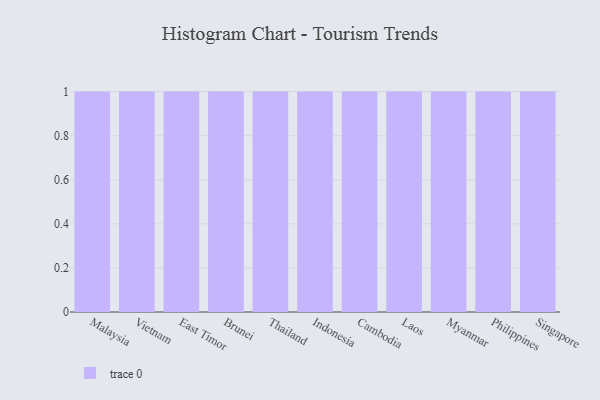
{"axis": {"x": "Country", "y": "Bounce Rate (%)"}, "legend": [""], "data": [{"x": "Malaysia", "y": 42, "type": ""}, {"x": "Vietnam", "y": 100, "type": ""}, {"x": "East Timor", "y": 86, "type": ""}, {"x": "Brunei", "y": 61, "type": ""}, {"x": "Thailand", "y": 80, "type": ""}, {"x": "Indonesia", "y": 76, "type": ""}, {"x": "Cambodia", "y": 26, "type": ""}, {"x": "Laos", "y": 3, "type": ""}, {"x": "Myanmar", "y": 53, "type": ""}, {"x": "Philippines", "y": 36, "type": ""}, {"x": "Singapore", "y": 84, "type": ""}]}